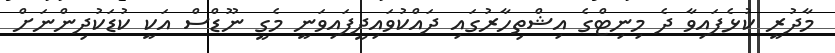
މާދުރީ ކުޅެފައިވާ ދެ މިނިޓްގެ އިޝްތިހާރުގައި ދައްކުވައިދީފައިވަނީ މެގީ ނޫޑްސް އަކީ ކުޑަކުދިންނަށް